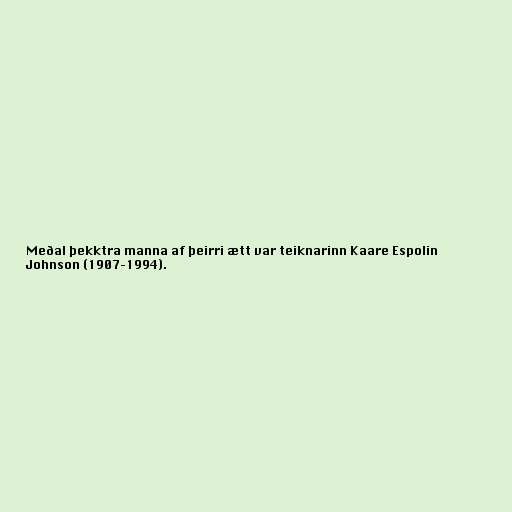
Meðal þekktra manna af þeirri ætt var teiknarinn Kaare Espolin
Johnson (1907–1994).